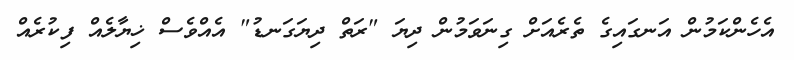
އެހެންކަމުން އަނގައިގެ ތެރެއަށް ގިނަވަމުން ދިޔަ "ރަތް ދިޔަގަނޑު" އެއްވެސް ޚިޔާލެއް ފިކުރެއް